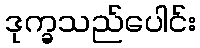
ဒုက္ခသည်ပေါင်း